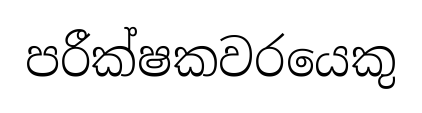
පරීක්ෂකවරයෙකු